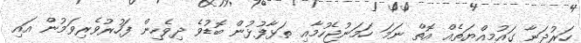
ހަރުދަނާ ގައުމިއްޔަތެއް އޮތް ނަމަ ހަމަނުޖެހުމާއި ތަޅާފުޅުން ބޮޑުވެ ދިވެހިން ފަހުރުވެރިވަމުން އައި